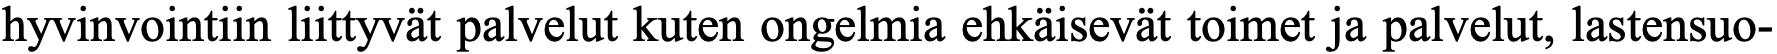
hyvinvointiin liittyvät palvelut kuten ongelmia ehkäisevät toimet ja palvelut, lastensuo-